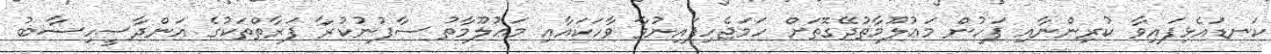
ކަނޑައެޅިފައިވާ ކުރިންނާއި ފަހުން މަޢުލޫމާތުދޭގޮތަށް ހަމަޖެހިފައިނުވާ ވާހަކައާއި މަޢުލޫމާތު ސާފުނުކުރާ ފަރާތްތަކުގެ އަންދާސީހިސާބު